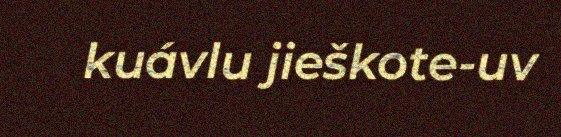
kuávlu jieškote-uv